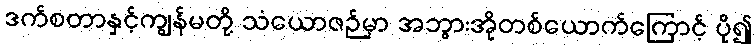
ဒက်စတာနှင့်ကျွန်မတို့ သံယောဇဉ်မှာ အဘွားအိုတစ်ယောက်ကြောင့် ပို၍